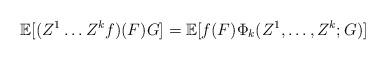
LaTeX: \begin{align*} {\mathbb E}[(Z^1\dots Z^k f)(F)G] ={\mathbb E}[f(F)\Phi_k(Z^1,\dots,Z^k;G)]\end{align*}